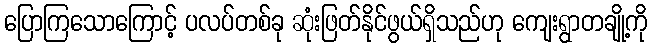
ပြောကြသောကြောင့် ပလပ်တစ်ခု ဆုံးဖြတ်နိုင်ဖွယ်ရှိသည်ဟု ကျေးရွာတချို့ကို